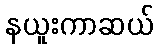
နယူးကာဆယ်